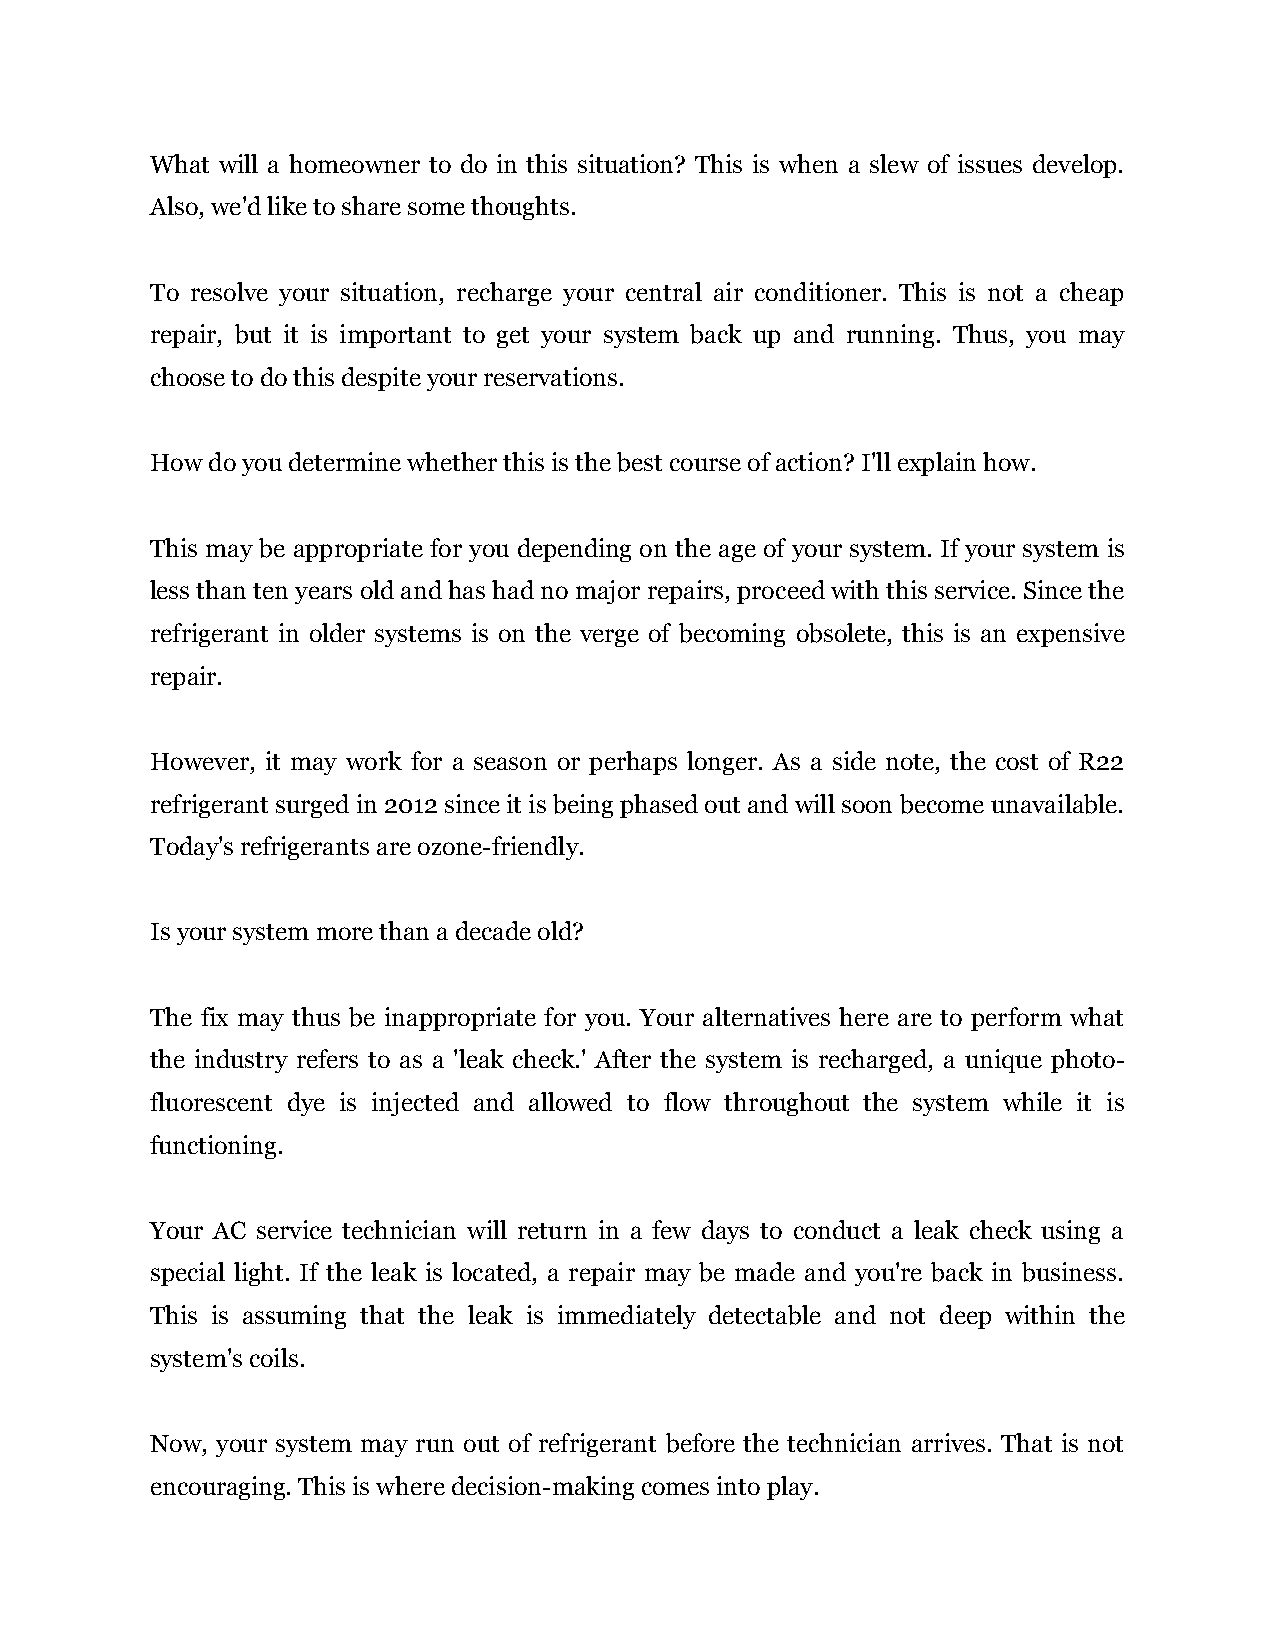
What will a homeowner to do in this situation? This is when a slew of issues develop.
 Also, we'd like to share some thoughts.
 To resolve your situation, recharge your central air conditioner. This is not a cheap
 repair, but it is important to get your system back up and running. Thus, you may
 choose to do this despite your reservations.
 How do you determine whether this is the best course of action? I'll explain how.
 This may be appropriate for you depending on the age of your system. If your system is
 less than ten years old and has had no major repairs, proceed with this service. Since the
 refrigerant in older systems is on the verge of becoming obsolete, this is an expensive
 repair.
 However, it may work for a season or perhaps longer. As a side note, the cost of R22
 refrigerant surged in 2012 since it is being phased out and will soon become unavailable.
 Today's refrigerants are ozone-friendly.
 Is your system more than a decade old?
 The fix may thus be inappropriate for you. Your alternatives here are to perform what
 the industry refers to as a 'leak check.' After the system is recharged, a unique photo-
 fluorescent dye is injected and allowed to flow throughout the system while it is
 functioning.
 Your AC service technician will return in a few days to conduct a leak check using a
 special light. If the leak is located, a repair may be made and you're back in business.
 This is assuming that the leak is immediately detectable and not deep within the
 system's coils.
 Now, your system may run out of refrigerant before the technician arrives. That is not
 encouraging. This is where decision-making comes into play.